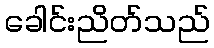
ခေါင်းညိတ်သည်